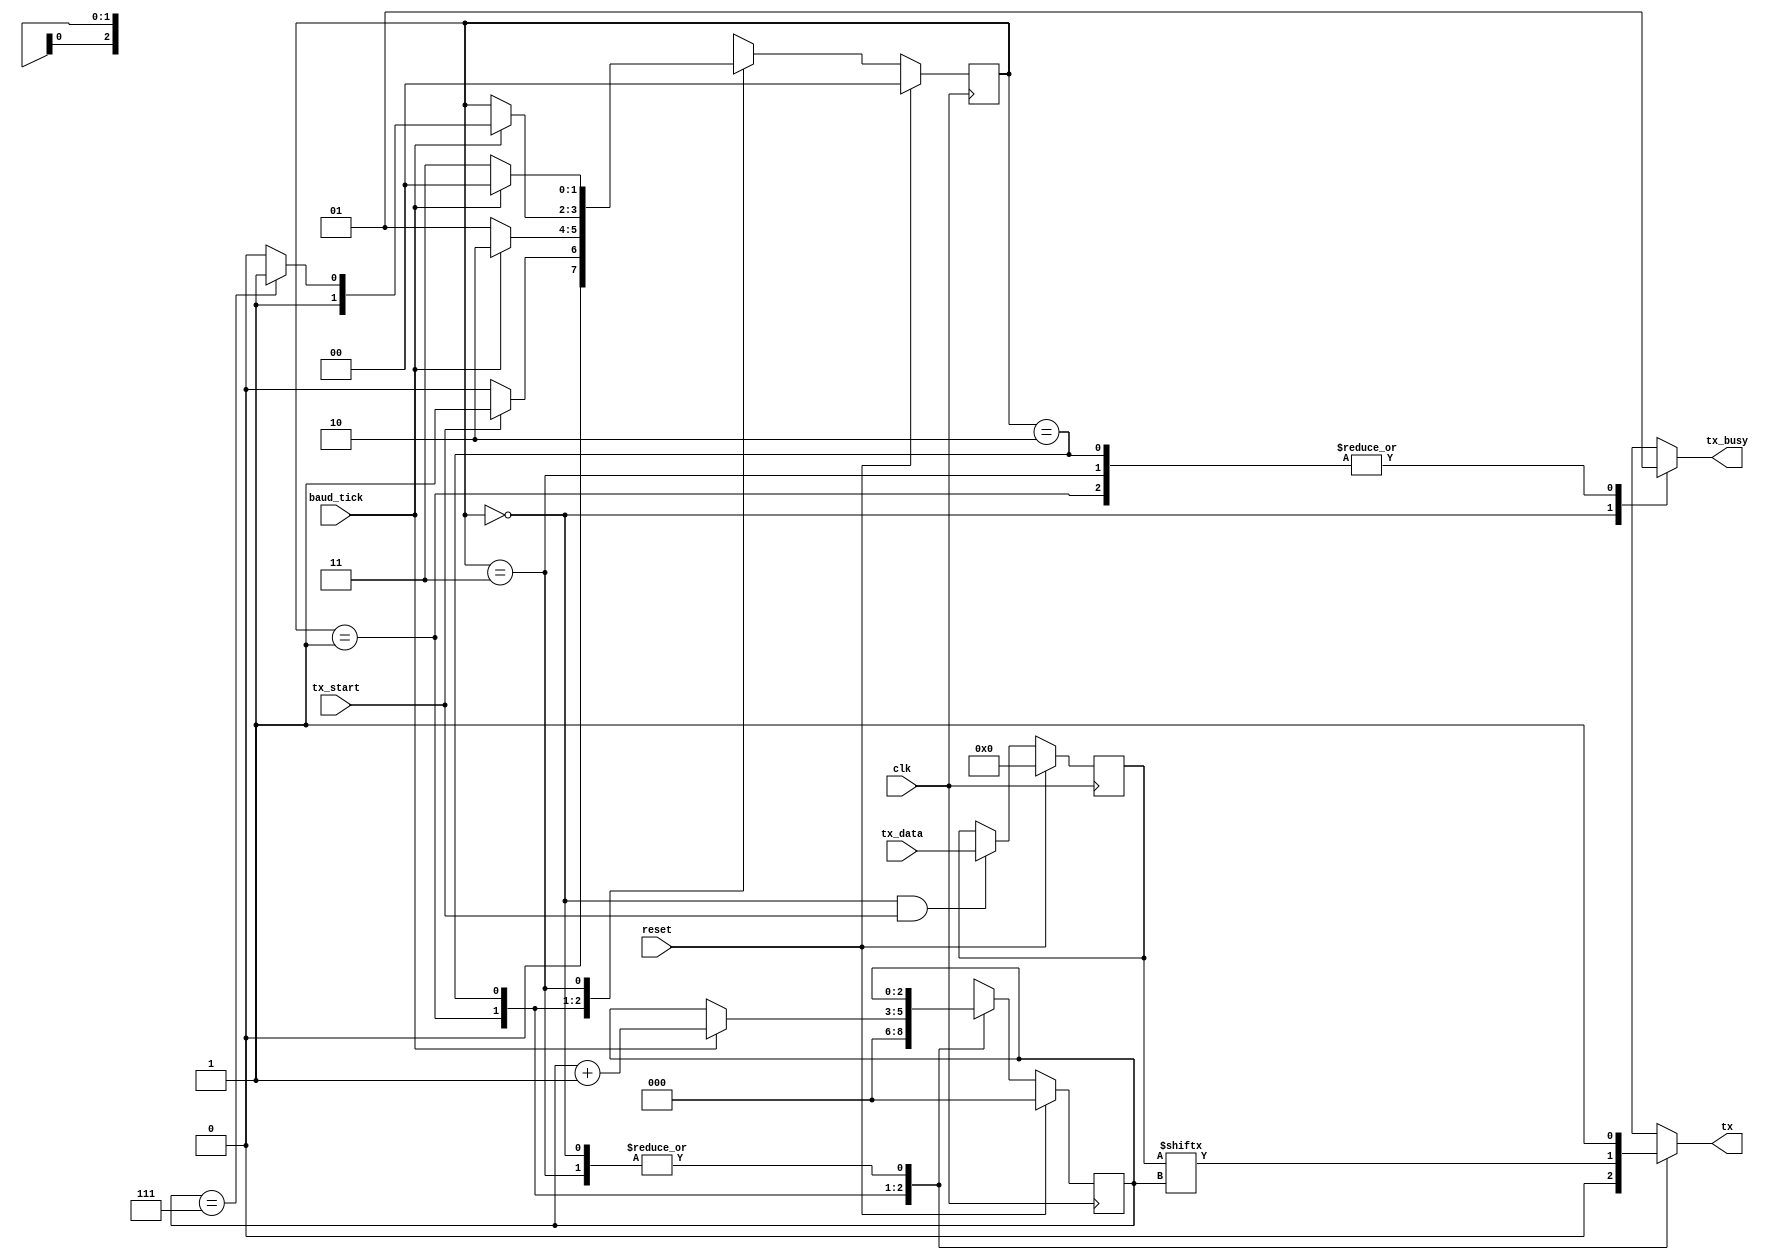
/*
 * uart_tx.v
 * 2017/02/01 - Felipe Veas <felipe.veasv at usm.cl>
 *
 * Asynchronous Transmitter.
 */

`timescale 1ns / 1ps

module uart_tx
(
	input clk,
	input reset,
	input baud_tick,
	input tx_start,
	input [7:0] tx_data,
	output reg tx,
	output reg tx_busy
);

	localparam TX_IDLE  = 2'b00;
	localparam TX_START = 2'b01;
	localparam TX_SEND  = 2'b10;
	localparam TX_STOP  = 2'b11;

	reg [1:0] state = TX_IDLE, state_next;
	reg [2:0] counter = 3'd0, counter_next;
    reg [7:0] tx_data_reg;
    
    always @(posedge clk) begin
        if (reset)
            tx_data_reg <= 'd0;
        else if (state == TX_IDLE && tx_start)
            tx_data_reg <= tx_data;
    end

	always @(*) begin
		tx = 1'b1;
		tx_busy = 1'b1;
		state_next = state;
		counter_next = counter;

		case (state)
		TX_IDLE: begin
			tx_busy = 1'b0;
			state_next = (tx_start) ? TX_START : TX_IDLE;
		end
		TX_START: begin
			tx = 1'b0;
			state_next = (baud_tick) ? TX_SEND : TX_START;
			counter_next = 'd0;
		end
		TX_SEND: begin
			tx = tx_data_reg[counter];
			if (baud_tick) begin
				state_next = (counter == 'd7) ? TX_STOP : TX_SEND;
				counter_next = counter + 'd1;
			end
		end
		TX_STOP:
			state_next = (baud_tick) ? TX_IDLE : TX_STOP;
		endcase
	end

	always @(posedge clk) begin
		if (reset) begin
			state <= TX_IDLE;
			counter <= 'd0;
		end else begin
			state <= state_next;
			counter <= counter_next;
		end
	end

endmodule